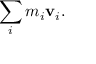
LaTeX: \sum _ { i } m _ { i } \mathbf { v } _ { i } .